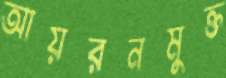
আয়রনমুক্ত